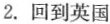
2.回到英国